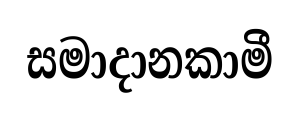
සමාදානකාමී